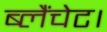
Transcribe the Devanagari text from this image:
ब्लैंचेट।